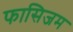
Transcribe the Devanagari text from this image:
फासिजम